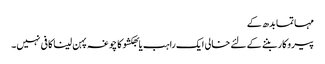
مہاتما بدھ کے
پیروکار بننے کے لئے خالی ایک راہب یا بھکشو کا چوغہ پہن لینا کافی نہیں۔